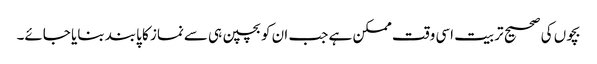
بچوں کی صحیح تربیت اسی وقت ممکن ہے جب ان کوبچپن ہی سےنماز کا پابند بنایا جائے۔